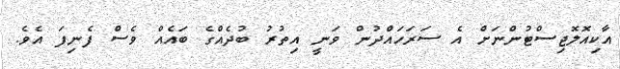
އާކިއޮލޮޖިސްޓުންނަށް އެ ސަރަހައްދުން ވަނީ އިތުރު ބުދެއްގެ ބައެއް ވެސް ފެނިފަ އެވެ.